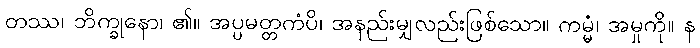
တဿ၊ ဘိက္ခုနော၊ ၏။ အပ္ပမတ္တကံပိ၊ အနည်းမျှလည်းဖြစ်သော။ ကမ္မံ၊ အမှုကို။ န